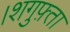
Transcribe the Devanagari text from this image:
।शगुफ़्ता